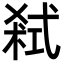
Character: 弒